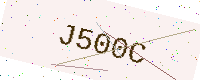
Text: J500C